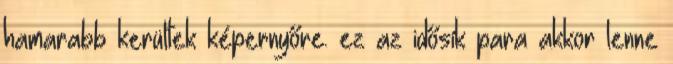
hamarabb kerültek képernyőre. ez az idősík para akkor lenne